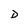
Character: D